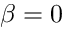
\beta = 0